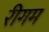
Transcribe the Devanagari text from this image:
रीगम